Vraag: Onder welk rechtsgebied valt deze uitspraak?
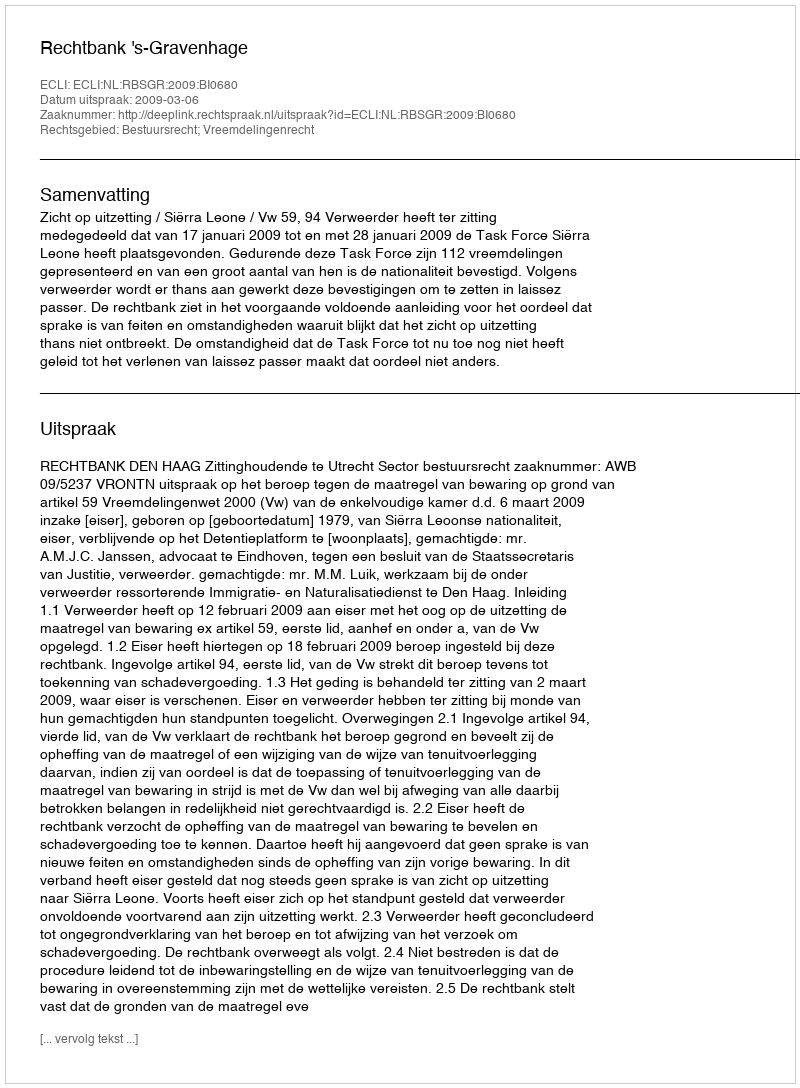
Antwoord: Bestuursrecht; Vreemdelingenrecht